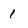
Character: 1